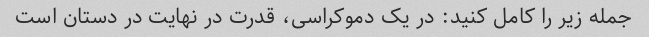
جمله زیر را کامل کنید: در یک دموکراسی، قدرت در نهایت در دستان است